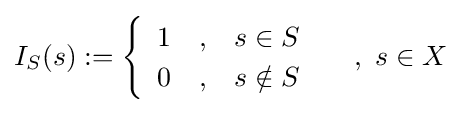
I_{S}(s):={\begin{cases}{\begin{array}{ccc}1&,&s\in S\\0&,&s\notin S\end{array}}\end{cases}}\ ,\ s\in X